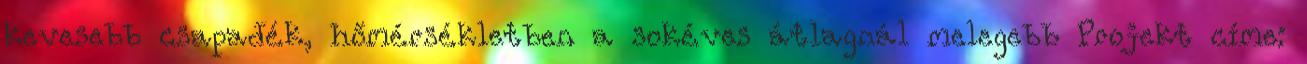
kevesebb csapadék, hőmérsékletben a sokéves átlagnál melegebb Projekt címe: